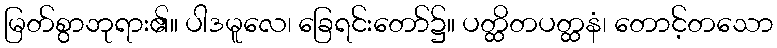
မြတ်စွာဘုရား၏။ ပါဒမူလေ၊ ခြေရင်းတော်၌။ ပတ္ထိတပတ္ထနံ၊ တောင့်တသော